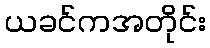
ယခင်ကအတိုင်း